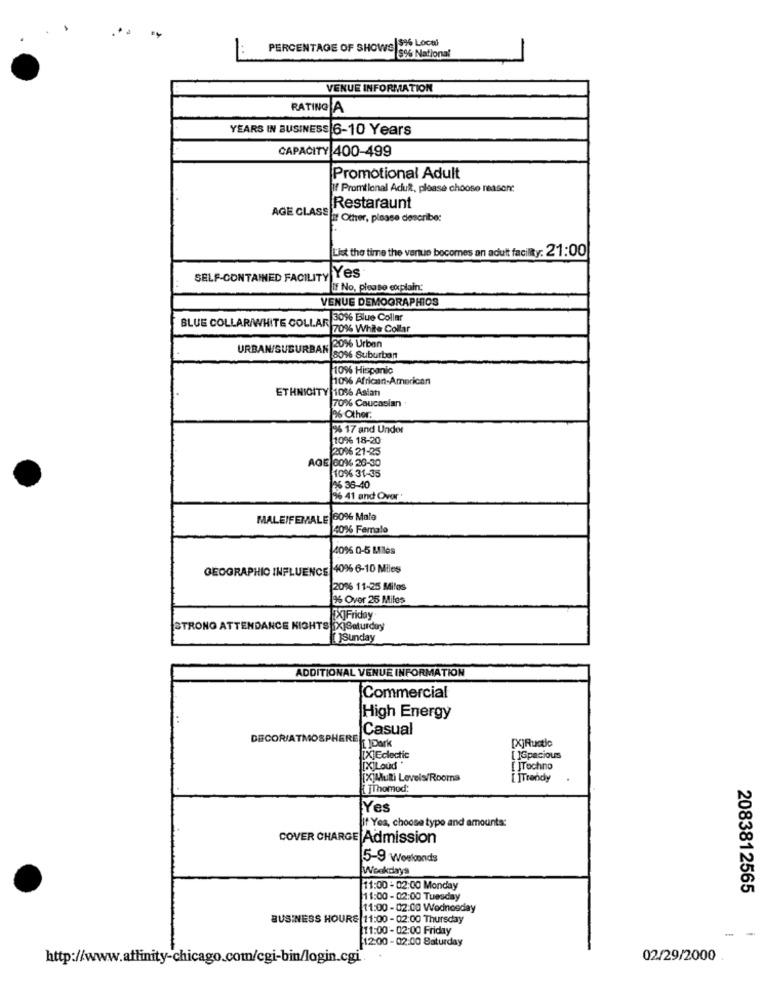
PERCENTAGE OF SHOWS $% Local
$% National
VENUE INFORMATION
RATING
YEARS IN BUSINESS 6-10 Years
CAPACITY 400-499
Promotional Adult
If Promtional Adult, please choose neasont
Restaraunt
AGE CLASSIn Other, please describe:
List the time the vertue becomes an adult facility: 21:00
SELF-CONTAINED FACILITY Yes
If No, please explain:
VENUE DEMOGRAPHICS
30% Blue Collar
BLUE COLLAR/WHITE COLLAR 70% White Collar
20% Urban
URBAN/SUBURBAN
8096 Suburban
10% Hispanic
10% African-American
ETHNICITY 10% Asian
70% Caucasian
26 Other:
% 17 and Under
10% 18-20
20% 21-25
AGE 60% 20-30
10% 31-35
26 36-40
26 41 and Over
MALEIFEMALE 60% Male
40% Female
40% 0-5 Miles
GEOGRAPHIC INFLUENCE 40% 6-10 Miles
120% 11-25 Miles
3% Over 25 Miles
XJFriday
STRONG ATTENDANCE NIGHTS [X]Saturday
Sunday
ADDITIONAL VENUE INFORMATION
Commercial
High Energy
DECORIATMOSPHERE Casual
[X]Rustic
[X]Eclectic
[ ]Spacious
[X]Loud"
[ JTechno
[X]Multi Levels/Rooms
[]Trendy
TThomod:
Yes
if Yes, choose type and amounts:
COVER CHARGE Admission
5-9 Westconds
Weekdays
11:00 - 02:00 Monday
2083812565
11:00 - 02:00 Tuesday
11:00 - 02:00 Wodnosday
BUSINESS HOURS 11:00 - 02:00 Thursday
11:00 - 02:00 Friday
-
12:00 - 02:00 Saturday
http://www.attinity-chicago.com/cgi-bin/login.cgi
02/29/2000